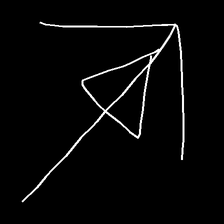
Glyph: pull